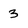
Character: 3